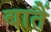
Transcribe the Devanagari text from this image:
बातैं